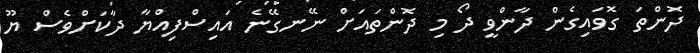
ދޮންތަ ގޮވައިގެން ދާންވީ ދޯ މި ދޮންތައަށް ނޭނގޭނެ އައިސްފިއްޔާ ދާކަށްވެސް ޔޫ